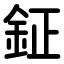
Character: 鉦